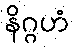
နိဂ္ဂဟံ